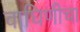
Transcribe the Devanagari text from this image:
वाघिणीचा